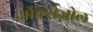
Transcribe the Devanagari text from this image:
ऑक्सेज़ोल